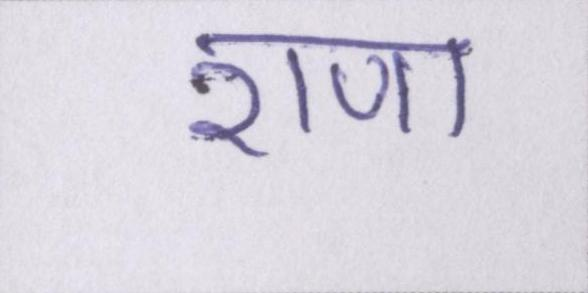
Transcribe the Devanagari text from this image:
राणा